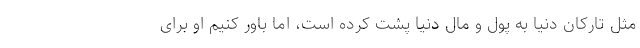
مثل تارکان دنیا به پول و مال دنیا پشت کرده است، اما باور کنیم او برای